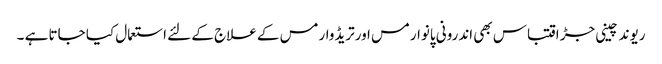
ریوند چینی جڑ اقتباس بھی اندرونی پانوارمس اورتریڈوارمس کے علاج کے لئے استعمال کیا جاتا ہے ۔